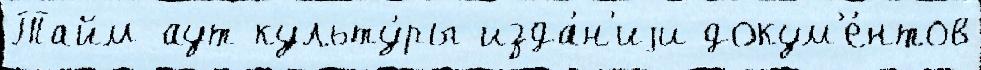
Тайм-аут культу́ры изда́н'иjи докум'е́нтов